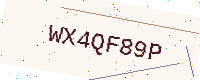
Text: WX4QF89P